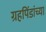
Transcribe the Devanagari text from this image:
ग्रहपिंडांच्या